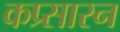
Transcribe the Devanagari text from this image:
कप्र्सारन